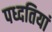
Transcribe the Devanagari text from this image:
पध्दतियां